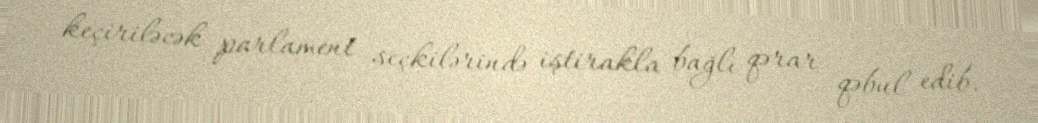
keçiriləcək parlament seçkilərində iştirakla bağlı qərar qəbul edib.